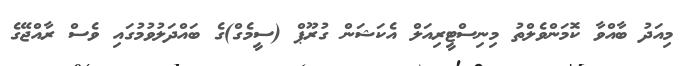
މިއަދު ބާއްވާ ކޮމަންވެލްތު މިނިސްޓީރިއަލް އެކަޝަން ގުރޫޕް (ސީމެގް)ގެ ބައްދަލުވުމުގައި ވެސް ރާއްޖޭގެ